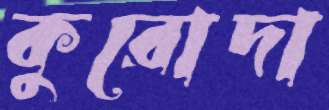
কুরোদা